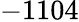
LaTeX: -1104